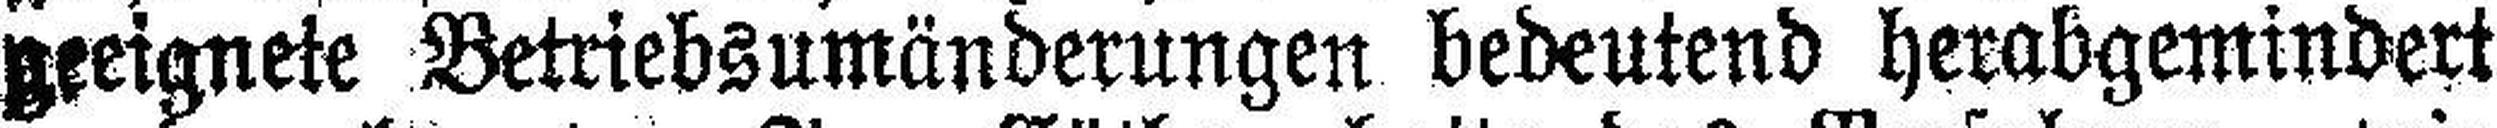
geeignete Betriebsumänderungen bedeutend herabgemindert